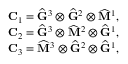
\begin{array} { r } { \mathbf { C } _ { 1 } = \widehat { \mathbf { G } } ^ { 3 } \otimes \widehat { \mathbf { G } } ^ { 2 } \otimes \widehat { \mathbf { M } } ^ { 1 } , } \\ { \mathbf { C } _ { 2 } = \widehat { \mathbf { G } } ^ { 3 } \otimes \widehat { \mathbf { M } } ^ { 2 } \otimes \widehat { \mathbf { G } } ^ { 1 } , } \\ { \mathbf { C } _ { 3 } = \widehat { \mathbf { M } } ^ { 3 } \otimes \widehat { \mathbf { G } } ^ { 2 } \otimes \widehat { \mathbf { G } } ^ { 1 } , } \end{array}